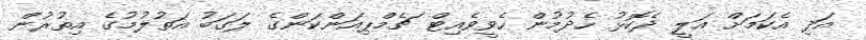
އަދި އެކަމަށް އަލީ ދެކޮޅު ހެދުމުން ހެވީވެއިޓް ޗެމްޕިއަންކަންގެ ލަގަބު އަތުލުމުގެ އިތުރުން